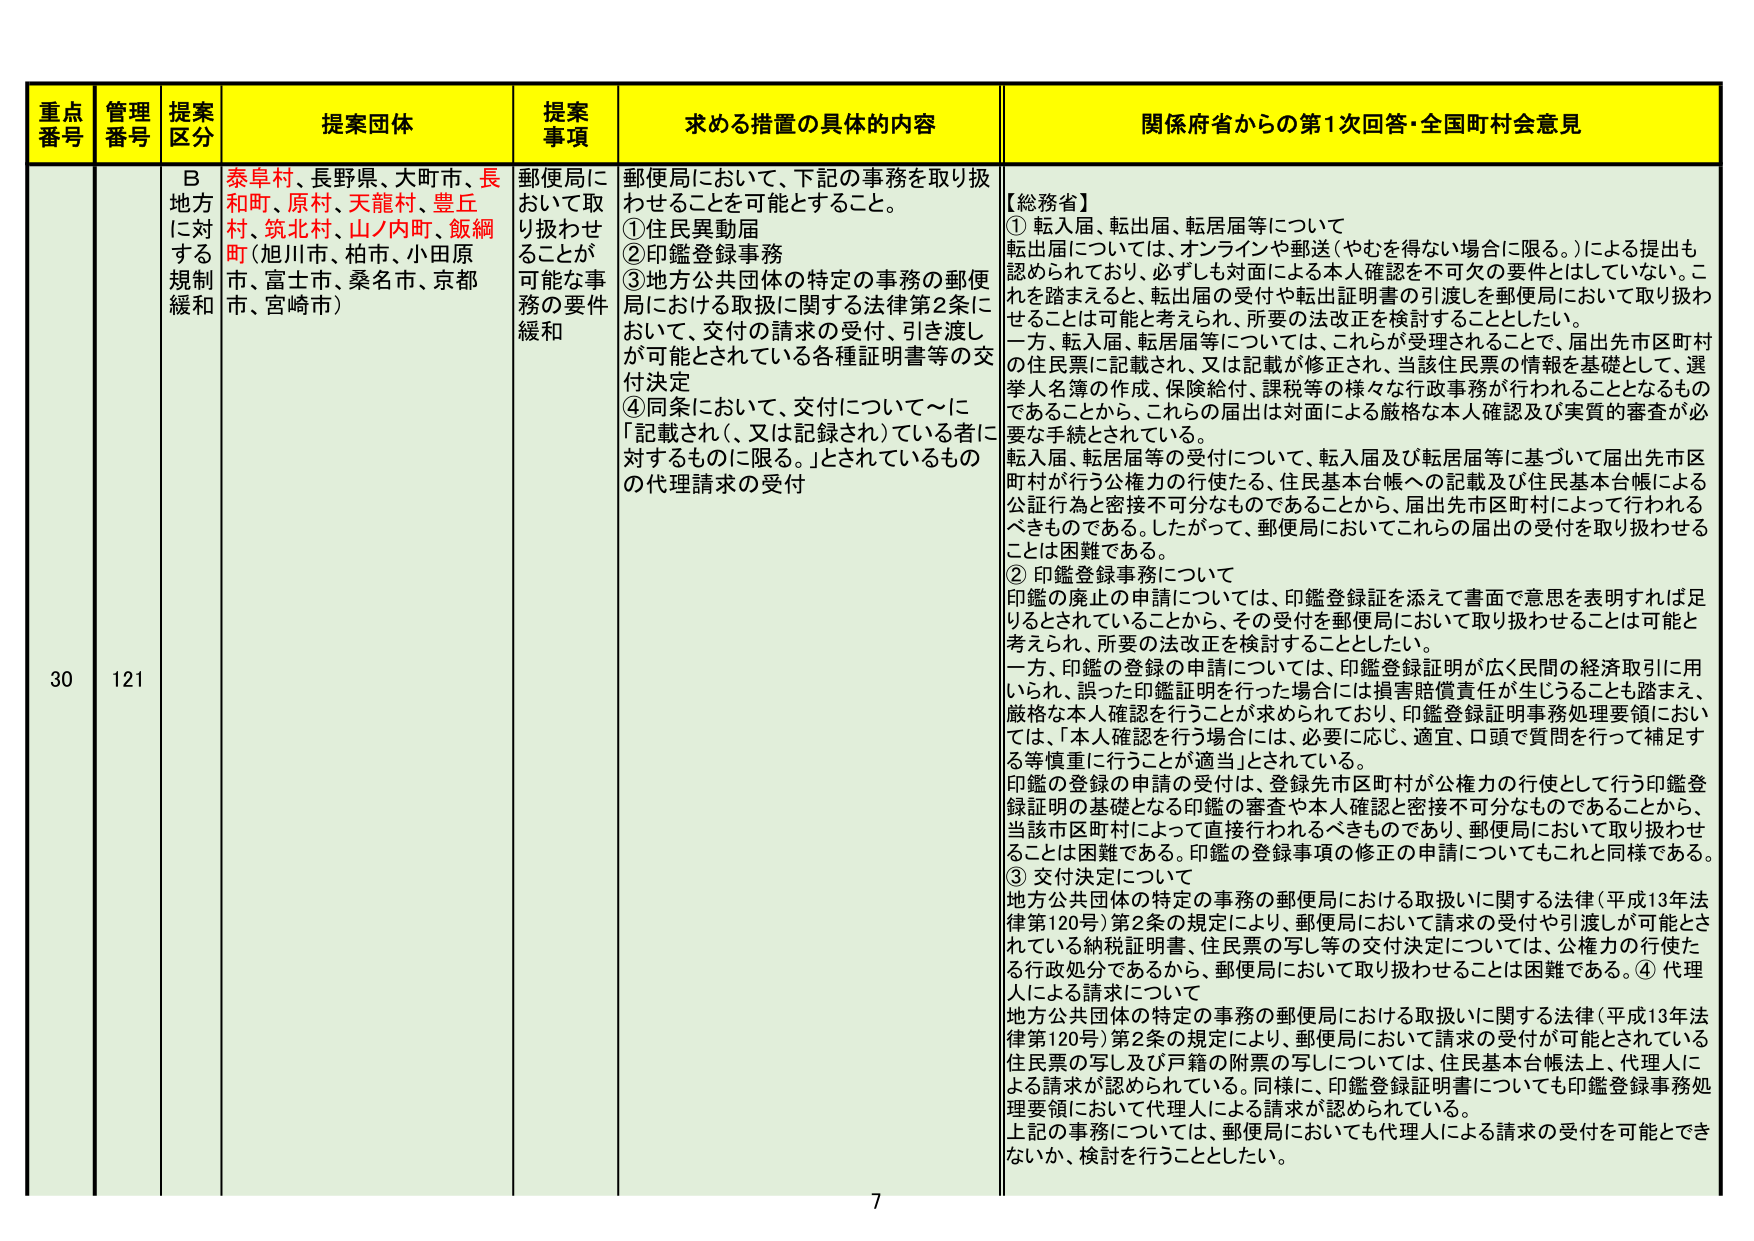
重点番号 管理番号 提案区分 提案団体 提案事項 求める措置の具体的内容 関係府省からの第1次回答・全国町村会意見
30 121 B 地方に対する規制緩和 泰阜村、長野県、大町市、長和町、原村、天龍村、豊丘村、筑北村、山ノ内町、飯綱町（旭川市、柏市、小田原市、富士市、桑名市、京都市、宮崎市） 郵便局において取り扱わせることができる事務の要件緩和 郵便局において、下記の事務を取り扱わせることを可能とすること。①住民異動届②印鑑登録事務③地方公共団体の特定の事務の郵便局における取扱に関する法律第2条において、交付の請求の受付、引き渡しが可能とされている各種証明書等の交付決定④同条において、交付について～に「記載され（、又は記録され）ている者に対するものに限る。」とされているものの代理請求の受付 【総務省】①転入届、転出届、転居届等について転出届については、オンラインや郵送（やむを得ない場合に限る。）による提出も認められており、必ずしも対面による本人確認を不可欠の要件とはしていない。これを踏まえると、転出届の受付や転出証明書の引渡しを郵便局において取り扱わせることは可能と考えられ、所要の法改正を検討することとしたい。一方、転入届、転居届等については、これらが受理されることで、届出先市区町村の住民票に記載され、又は記載が修正され、当該住民票の情報を基礎として、選挙人名簿の作成、保険給付、課税等の様々な行政事務が行われることとなるものであることから、これらの届出は対面による厳格な本人確認及び実質的審査が必要な手続とされている。転入届、転居届等の受付について、転入届及び転居届等に基づいて届出先市区町村が行う公権力の行使たる、住民基本台帳への記載及び住民基本台帳による公証行為と密接不可分なものであるから、届出先市区町村によって行われるべきものである。したがって、郵便局においてこれらの届出の受付を取り扱わせることは困難である。②印鑑登録事務について印鑑の廃止の申請については、印鑑登録証を添えて書面で意思を表明すれば足りるとされていることから、その受付を郵便局において取り扱わせることは可能と考えられ、所要の法改正を検討することとしたい。一方、印鑑の登録の申請については、印鑑登録証明が広く民間の経済取引に用いられ、誤った印鑑証明を行った場合には損害賠償責任が生じることも踏まえ、厳格な本人確認を行うことが求められており、印鑑登録証明事務処理要領においては、「本人確認を行う場合には、必要に応じ、適宜、口頭で質問を行って補足する等慎重に行うことが適当」とされている。印鑑の登録の申請の受付は、登録先市区町村が公権力の行使として行う印鑑登録証明の基礎となる印鑑の審査や本人確認と密接不可分なものであることから、当該市区町村によって直接行われるべきものであり、郵便局において取り扱わせることは困難である。印鑑の登録事項の修正の申請についても同様である。③交付決定について地方公共団体の特定の事務の郵便局における取扱に関する法律（平成13年法律第120号）第2条の規定により、郵便局において請求の受付や引渡しが可能とされている納税証明書、住民票の写し等の交付決定については、公権力の行使たる行政処分であるから、郵便局において取り扱わせることは困難である。④代理人による請求について地方公共団体の特定の事務の郵便局における取扱に関する法律（平成13年法律第120号）第2条の規定により、郵便局において請求の受付が可能とされている住民票の写し及び戸籍の附票の写しについては、住民基本台帳法上、代理人による請求が認められている。同様に、印鑑登録証明書についても印鑑登録事務処理要領において代理人による請求が認められている。上記の事務については、郵便局においても代理人による請求の受付を可能とできないか、検討を行うこととしたい。
7